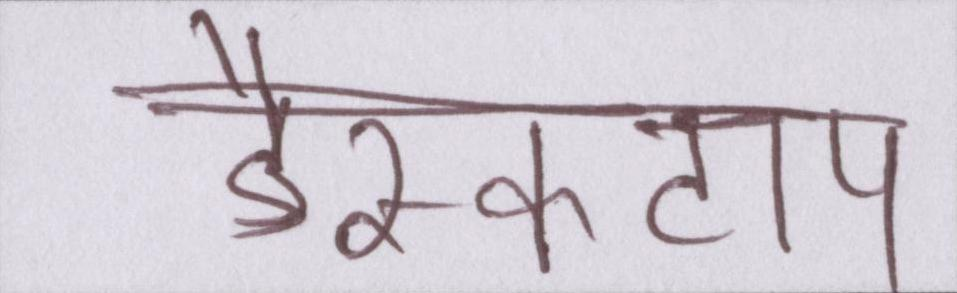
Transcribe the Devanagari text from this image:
डैस्कटाप